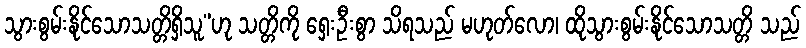
သွားစွမ်းနိုင်သောသတ္တိရှိသူ”ဟု သတ္တိကို ရှေးဦးစွာ သိရသည် မဟုတ်လော၊ ထိုသွားစွမ်းနိုင်သောသတ္တိ သည်